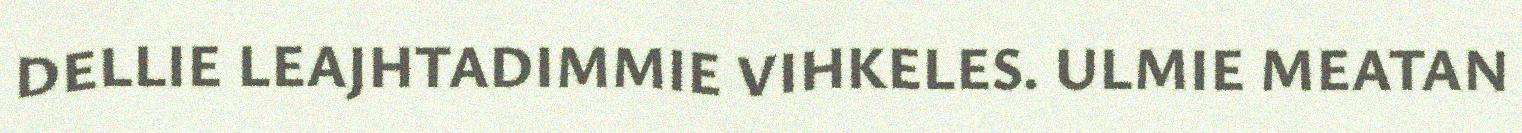
DELLIE LEAJHTADIMMIE VIHKELES. ULMIE MEATAN